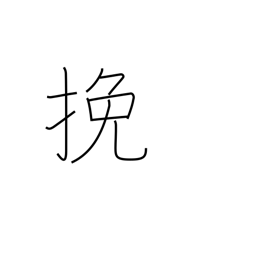
Meaning: saw